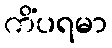
ကိံပရမာ